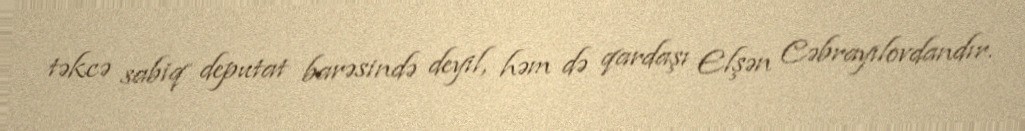
təkcə sabiq deputat barəsində deyil, həm də qardaşı Elşən Cəbrayılovdandır.